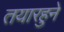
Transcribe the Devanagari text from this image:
तयारहुने